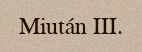
Miután III.